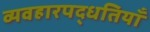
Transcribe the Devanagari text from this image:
व्यवहारपद्धतियाँ